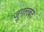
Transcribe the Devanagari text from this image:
जुगलबंद